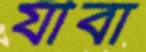
যীবা